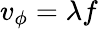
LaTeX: v_{\phi}=\lambda f